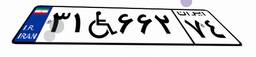
۳۸W۶۰۵۷۸